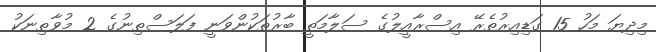
މިދިޔަ މަހު 15 ގަޑިއިރުތެރޭ އިސްރާއީލުގެ ސަލާމަތީ ބާރުތަކުންވަނީ ފަލަސްޠިނުގެ 2 މުވާޠިނަކު